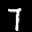
Label: 7